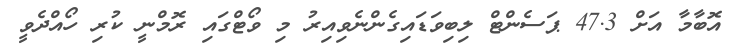
އޮބާމާ އަށް 47.3 ޕަސެންޓް ލިބިވަޑައިގެންނެވިއިރު މި ވޯޓްގައި ރޮމްނީ ކުރި ހޯއްދެވީ